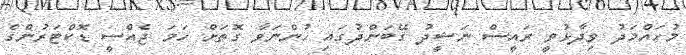
މުހައްމަދު ވިދާޅުވީ ރައީސް ނަޝީދު ގޭބަންދުގައި ހުންނަވާ ގޮތަށް ހަމަ ޖެއްސީ ޑޮކްޓަރުންގެ